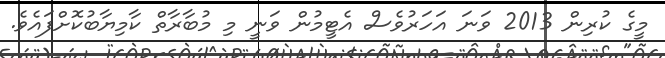
މީގެ ކުރިން 2013 ވަނަ އަހަރުވެސް އެޓީމުން ވަނީ މި މުބާރާތް ކާމިޔާބުކޮށްފައެވެ.